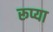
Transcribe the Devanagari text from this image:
रूप्या